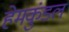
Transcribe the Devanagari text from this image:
हेमकुंडल